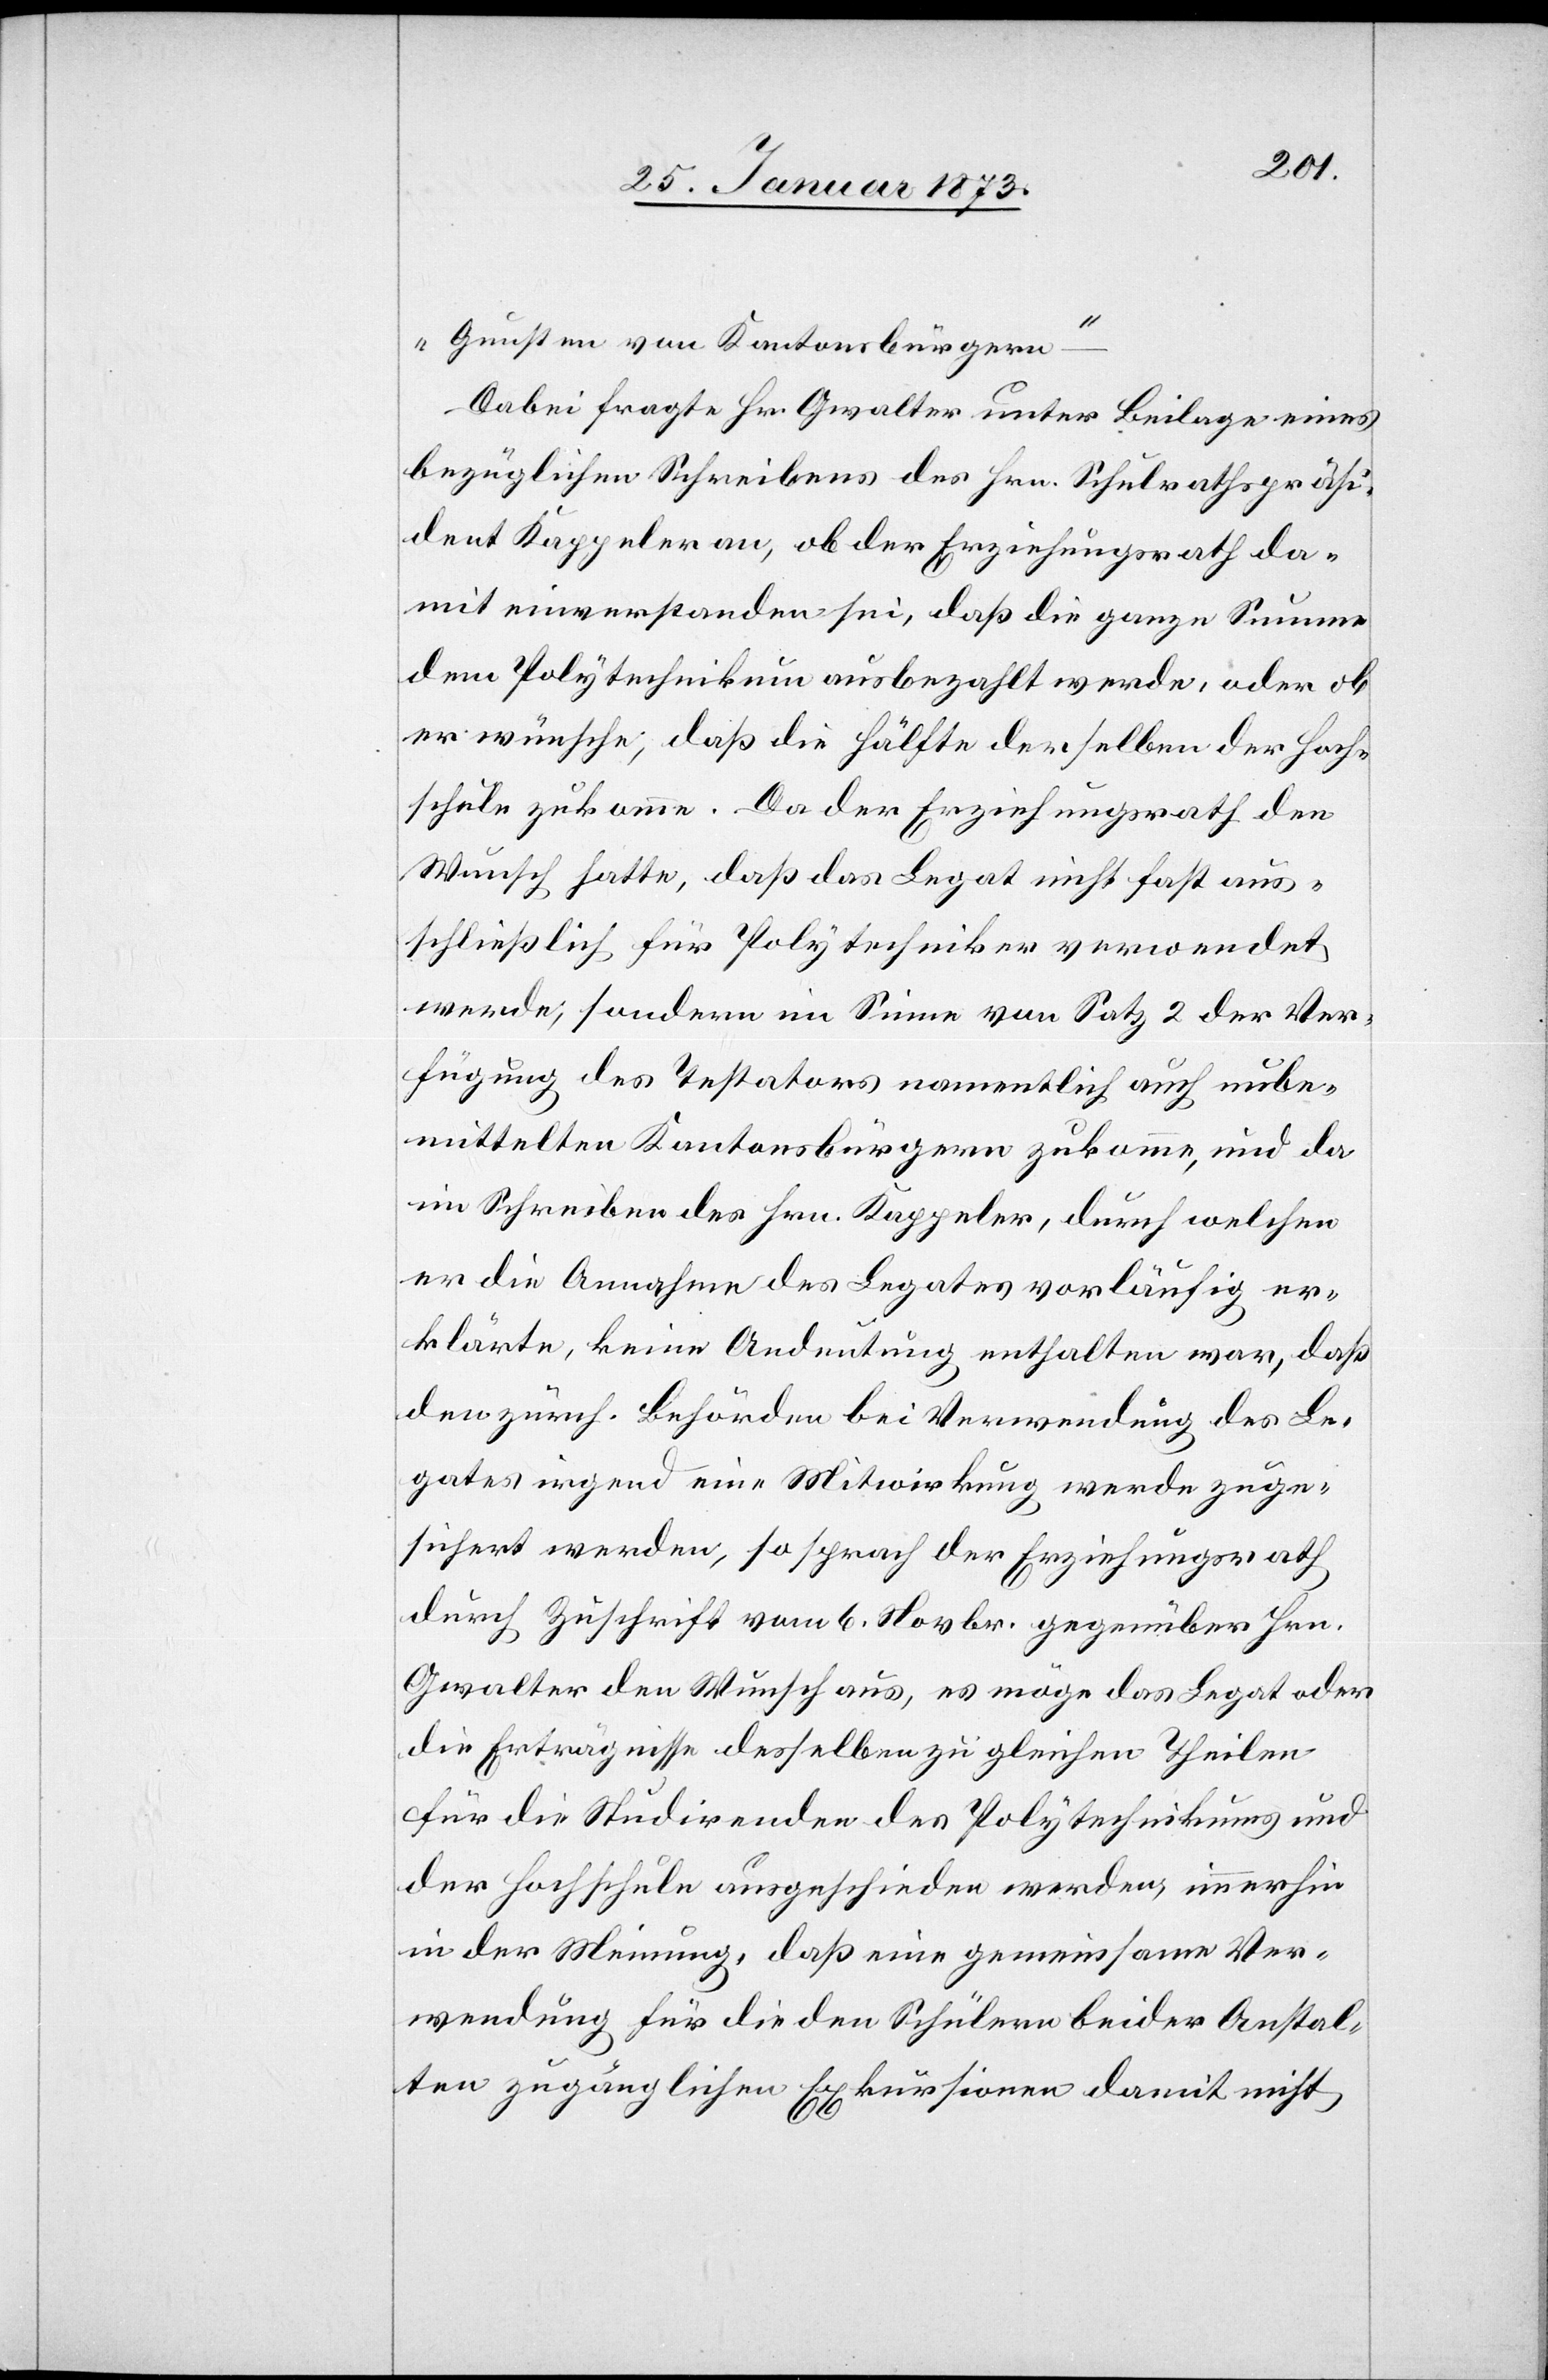
Gunsten von Kantonsbürgern
Dabei fragte Hr. Gwalter unter Beilage eines
bezüglichen Schreibens des Hrn. Schulrathspräsi¬
dent Kappeler an, ob der Erziehungsrath da¬
mit einverstanden sei, daß die ganze Summe
dem Polytechnikum ausbezahlt werde, oder ob
er wünsche, daß die Hälfte derselben der Hoch¬
schule zukomme. Da der Erziehungsrath den
Wunsch hatte, daß das Legat nicht fast aus¬
schließlich für Polytechnikum verwendet
werde, sondern im Sinne von Satz 2 der Ver¬
fügung des Testators namentlich auch unbe¬
mittelten Kantonsbürgern zukomme, und da
im Schreiben des Hrn. Kappeler, durch welchen
er die Annahme des Legates vorläufig er¬
klärte, keine Andeutung enthalten war, daß
den zürch. Behörden bei Verwendung des Le¬
gates irgend eine Mitwirkung werde zuge¬
sichert werden, so sprach der Erziehungsrath
durch Zuschrift vom 6. Novbr. gegenüber Hrn.
Gwalter den Wunsch aus, es möge das Legat oder
die Erträgnisse desselben zu gleichen Theilen
für die Studirenden des Polytechnikums und
der Hochschule ausgeschieden werden, immerhin
in der Meinung, daß eine gemeinsame Ver¬
wendung für die den Schülern beider Anstal¬
ten zugänglichen Exkursionen damit nicht